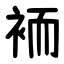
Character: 袻